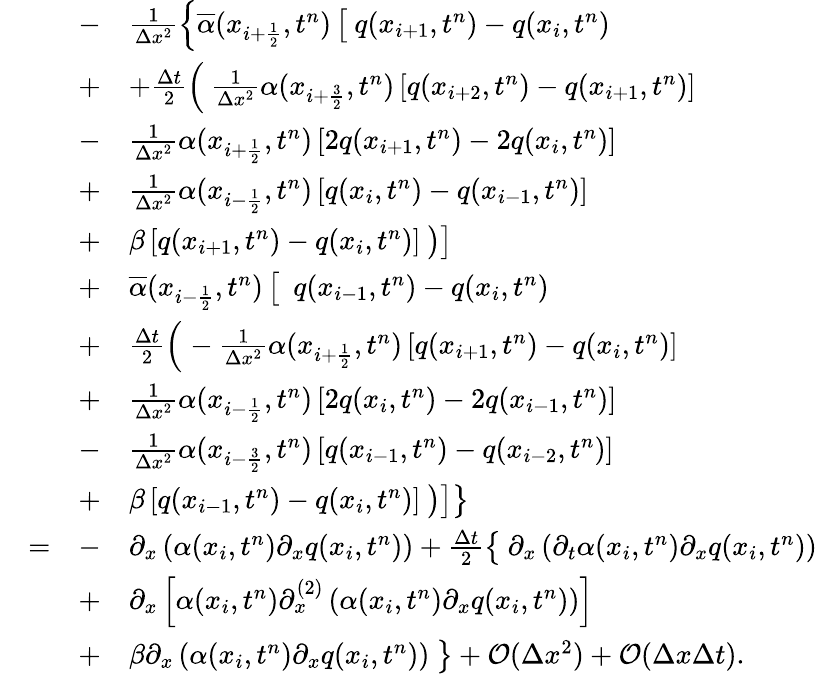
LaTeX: \begin{array}{rlrl}&{}&{-}&{\frac{1}{\Delta x^{2}}\left\lbrace\overline{{\alpha}}(x_{{i}+\frac{1}{2}},t^{n})\left[\phantom{\frac{b}{b}}\! \! \! q(x_{{i}+1},t^{n})-q(x_{{i}},t^{n})\right.\right.}\\ &{}&{+}&{\left.\left.+\frac{\Delta t}{2}\left(\phantom{\frac{b}{b}}\! \! \! \frac{1}{\Delta x^{2}}\alpha(x_{{i}+\frac{3}{2}},t^{n})\left[q(x_{{i}+2},t^{n})-q(x_{{i}+1},t^{n})\right]\right.\right.\right.}\\ &{}&{-}&{\left.\left.\left.\frac{1}{\Delta x^{2}}\alpha(x_{{i}+\frac{1}{2}},t^{n})\left[2q(x_{{i}+1},t^{n})-2q(x_{{i}},t^{n})\right]\right.\right.\right.}\\ &{}&{+}&{\left.\left.\left.\frac{1}{\Delta x^{2}}\alpha(x_{{i}-\frac{1}{2}},t^{n})\left[q(x_{{i}},t^{n})-q(x_{{i}-1},t^{n})\right]\right.\right.\right.}\\ &{}&{+}&{\left.\left.\left.\beta\left[q(x_{{i}+1},t^{n})-q(x_{{i}},t^{n})\right]\phantom{\frac{b}{b}}\! \! \! \right)\right]\right.}\\ &{}&{+}&{\left.\overline{{\alpha}}(x_{{i}-\frac{1}{2}},t^{n})\left[\phantom{\frac{b}{b}}\! \! \! \ q(x_{{i}-1},t^{n})-q(x_{{i}},t^{n})\right.\right.}\\ &{}&{+}&{\left.\left.\frac{\Delta t}{2}\left(\phantom{\frac{b}{b}}\! \! \! \! -\frac{1}{\Delta x^{2}}\alpha(x_{{i}+\frac{1}{2}},t^{n})\left[q(x_{{i}+1},t^{n})-q(x_{{i}},t^{n})\right]\right.\right.\right.}\\ &{}&{+}&{\left.\left.\left.\frac{1}{\Delta x^{2}}\alpha(x_{{i}-\frac{1}{2}},t^{n})\left[2q(x_{{i}},t^{n})-2q(x_{{i}-1},t^{n})\right]\right.\right.\right.}\\ &{}&{-}&{\left.\left.\left.\frac{1}{\Delta x^{2}}\alpha(x_{{i}-\frac{3}{2}},t^{n})\left[q(x_{{i}-1},t^{n})-q(x_{{i}-2},t^{n})\right]\right.\right.\right.}\\ &{}&{+}&{\left.\left.\left.\beta\left[q(x_{{i}-1},t^{n})-q(x_{{i}},t^{n})\right]\phantom{\frac{b}{b}}\! \! \! \right)\right]\right\rbrace}\\ &{=}&{-}&{\partial_{x}\left(\alpha(x_{i},t^{n})\partial_{x}q(x_{i},t^{n})\right)+\frac{\Delta t}{2}\left\lbrace\phantom{\frac{b}{b}}\! \! \! \partial_{x}\left(\partial_{t}\alpha(x_{i},t^{n})\partial_{x}q(x_{i},t^{n})\right)\right.}\\ &{}&{+}&{\left.\partial_{x}\left[\alpha(x_{i},t^{n})\partial_{x}^{(2)}\left(\alpha(x_{i},t^{n})\partial_{x}q(x_{i},t^{n})\right)\right]\right.}\\ &{}&{+}&{\left.\beta\partial_{x}\left(\alpha(x_{i},t^{n})\partial_{x}q(x_{i},t^{n})\right)\phantom{\frac{b}{b}}\! \! \! \right\rbrace+\mathcal{O}(\Delta x^{2})+\mathcal{O}(\Delta x\Delta t).}\end{array}